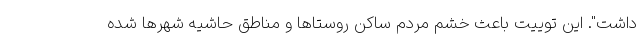
داشت". این توییت باعث خشم مردم ساکن روستاها و مناطق حاشیه شهرها شده